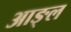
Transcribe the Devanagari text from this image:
आङ्ल